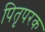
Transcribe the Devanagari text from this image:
पितृपरक